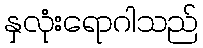
နှလုံးရောဂါသည်